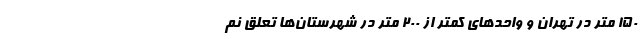
۱۵۰ متر در تهران و واحد‌های کمتر از ۲۰۰ متر در شهرستان‌ها تعلق نم